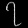
Digit: ၇